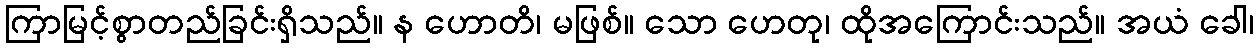
ကြာမြင့်စွာတည်ခြင်းရှိသည်။ န ဟောတိ၊ မဖြစ်။ သော ဟေတု၊ ထိုအကြောင်းသည်။ အယံ ခေါ၊